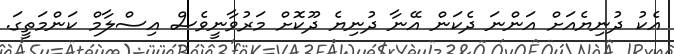
އެކު ދުނިޔެއަށް އަންނަ ދެކަން އޭނާ ދުނިޔެ ދޫކޮށް މަރުވާނީވެސް އިސްލާމް ކަންމަތީގަ.